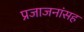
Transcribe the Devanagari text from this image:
प्रजाजनांसह